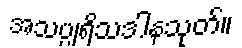
အသပ္ပုရိသဒါနသုတ်။